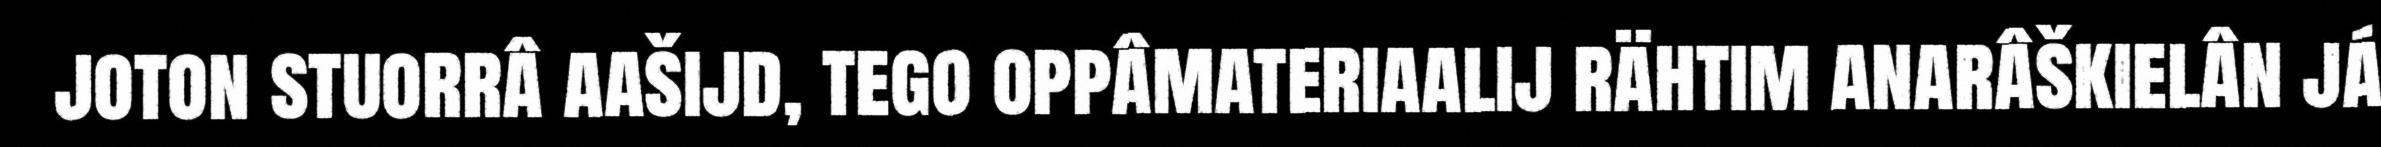
joton stuorrâ aašijd, tego oppâmateriaalij rähtim anarâškielân já